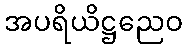
အပရိယိဋ္ဌညေဝ